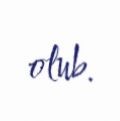
olub.